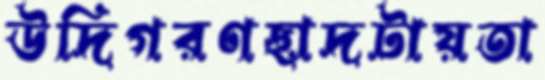
উদিগরণছাদটায়তা